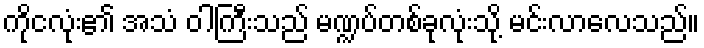
ကိုငလုံး၏ အသံ ဝါကြီးသည် မဏ္ဍပ်တစ်ခုလုံးသို့ မင်းလာလေသည်။